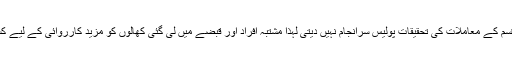
ترجمان پولیس کے مطابق چونکہ اس قسم کے معاملات کی تحقیقات پولیس سرانجام نہیں دیتی لہذا مشتبہ افراد اور قبضے میں لی گئی کھالوں کو مزید کارروائی کے لیے کسٹمز حکام کے حوالے کردیا جائے گا۔